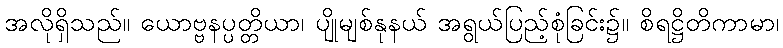
အလိုရှိသည်။ ယောဗ္ဗနပ္ပတ္တိယာ၊ ပျိုမျစ်နုနယ် အရွယ်ပြည့်စုံခြင်း၌။ စိရဋ္ဌိတိကာမာ၊